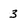
Character: 3